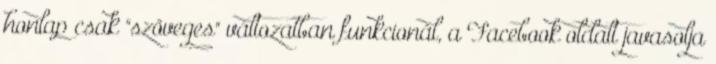
honlap csak "szöveges" változatban funkcionál, a Facebook oldalt javasolja